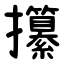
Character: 攥